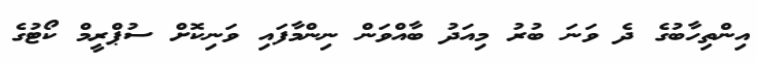
އިންތިހާބުގެ ދެ ވަނަ ބުރު މިއަދު ބާއްވަން ނިންމާފައި ވަނިކޮށް ސުޕްރީމް ކޯޓުގެ